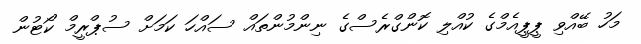
މަހު ބޭއްވި ޕީޕީއެމްގެ ކުއްލި ކޮންގްރެސްގެ ނިންމުންތައް ސައްހަ ކަމަށް ސުޕްރީމް ކޯޓުން